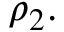
\rho _ { 2 } .